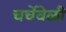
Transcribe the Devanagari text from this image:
चर्चेवेळी